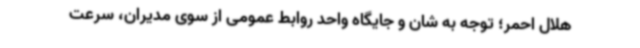
هلال احمر؛ توجه به شان و جایگاه واحد روابط عمومی از سوی مدیران، سرعت